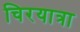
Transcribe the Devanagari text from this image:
चिरयात्रा